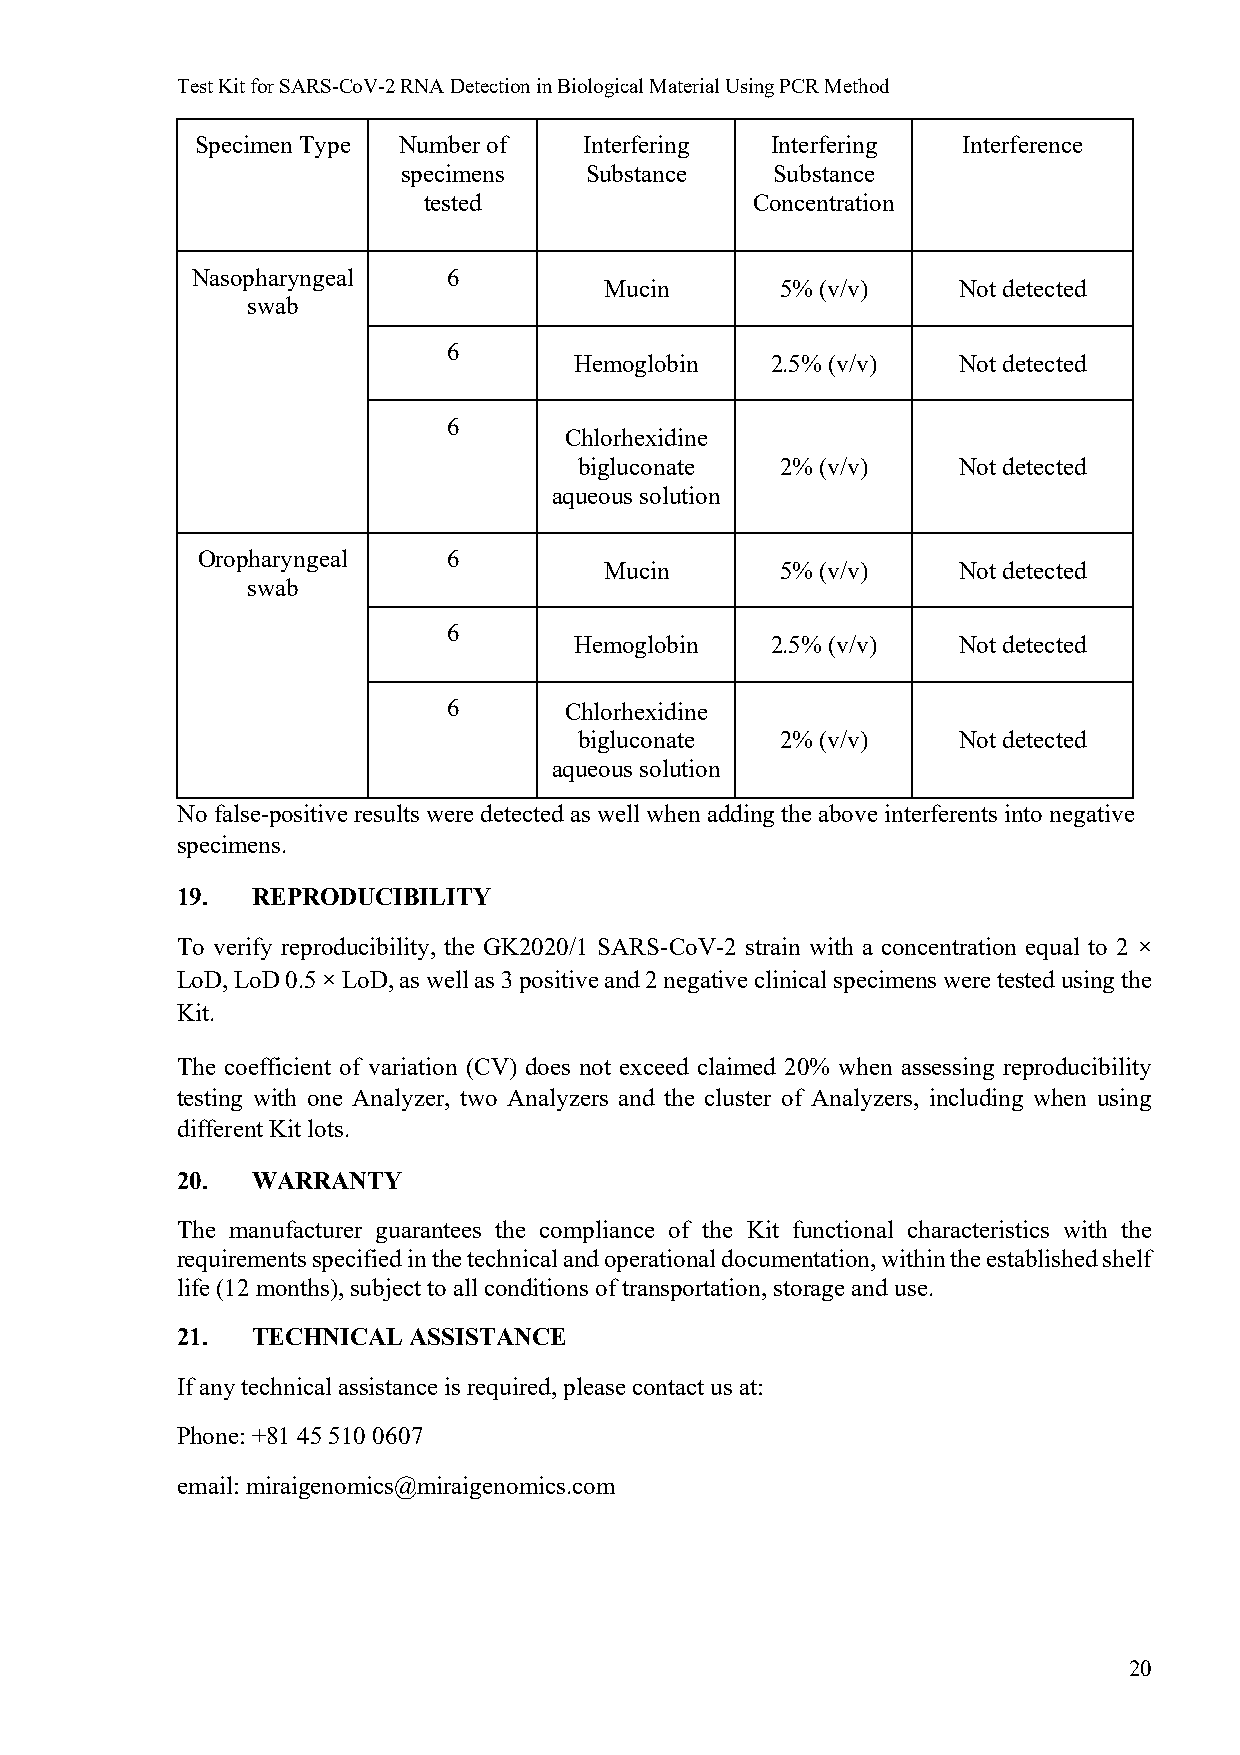
Test Kit for SARS-CoV-2 RNA Detection in Biological Material Using PCR Method
 Specimen Type Number of   Interfering Interfering  Interference
 specimens   Substance   Substance
 tested                Concentration
 Nasopharyngeal   6
 Mucin       5% (v/v)   Not detected
 swab
 6
 Hemoglobin   2.5% (v/v)  Not detected
 6
 Chlorhexidine
 bigluconate   2% (v/v)   Not detected
 aqueous solution
 Oropharyngeal    6
 Mucin       5% (v/v)   Not detected
 swab
 6
 Hemoglobin   2.5% (v/v)  Not detected
 6      Chlorhexidine
 bigluconate   2% (v/v)   Not detected
 aqueous solution
 No false-positive results were detected as well when adding the above interferents into negative
 specimens.
 19.  REPRODUCIBILITY
 To verify reproducibility, the GK2020/1 SARS-CoV-2 strain with a concentration equal to 2 ×
 LoD, LoD 0.5 × LoD, as well as 3 positive and 2 negative clinical specimens were tested using the
 Kit.
 The coefficient of variation (CV) does not exceed claimed 20% when assessing reproducibility
 testing with one Analyzer, two Analyzers and the cluster of Analyzers, including when using
 different Kit lots.
 20.  WARRANTY
 The manufacturer guarantees the compliance of the Kit functional characteristics with the
 requirements specified in the technical and operational documentation, within the established shelf
 life (12 months), subject to all conditions of transportation, storage and use.
 21.  TECHNICAL ASSISTANCE
 If any technical assistance is required, please contact us at:
 Phone: +81 45 510 0607
 email: miraigenomics@miraigenomics.com
 20